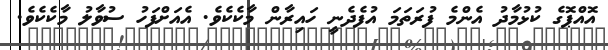
އޮއްޕޮގެ ކުޅުމާދު އެންމެ ފުރަތަމަ އުފެދެނީ ހައިރާން މާކެކެވެ. އެއަށްފަހު ސުވާލު މާކެކެވެ.